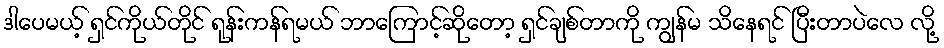
ဒါပေမယ့် ရှင်ကိုယ်တိုင် ရုန်းကန်ရမယ် ဘာကြောင့်ဆိုတော့ ရှင်ချစ်တာကို ကျွန်မ သိနေရင် ပြီးတာပဲလေ လို့